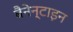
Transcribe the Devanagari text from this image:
बैनेन्टाइन